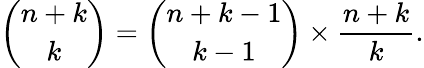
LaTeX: {\binom{n+k}{k}}={\binom{n+k-1}{k-1}}\times{\frac{n+k}{k}}.